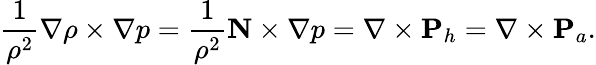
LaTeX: \frac{1}{\rho^{2}}\nabla\rho\times\nabla p=\frac{1}{\rho^{2}}{\mathbf N}\times\nabla p=\nabla\times{\mathbf P}_{h}=\nabla\times{\mathbf P}_{a}.